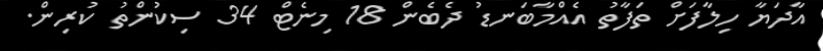
އާދަޔާ ހިލާފަށް ތަފާތު އެއްމާބަނޑު ދެބެން 18 މިނެޓް 34 ސިކުންތު ކުރިން.